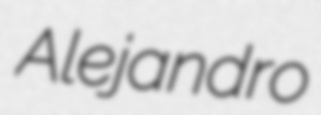
Alejandro